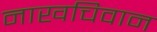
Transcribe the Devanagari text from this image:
नाखचिवान